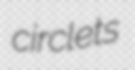
circlets